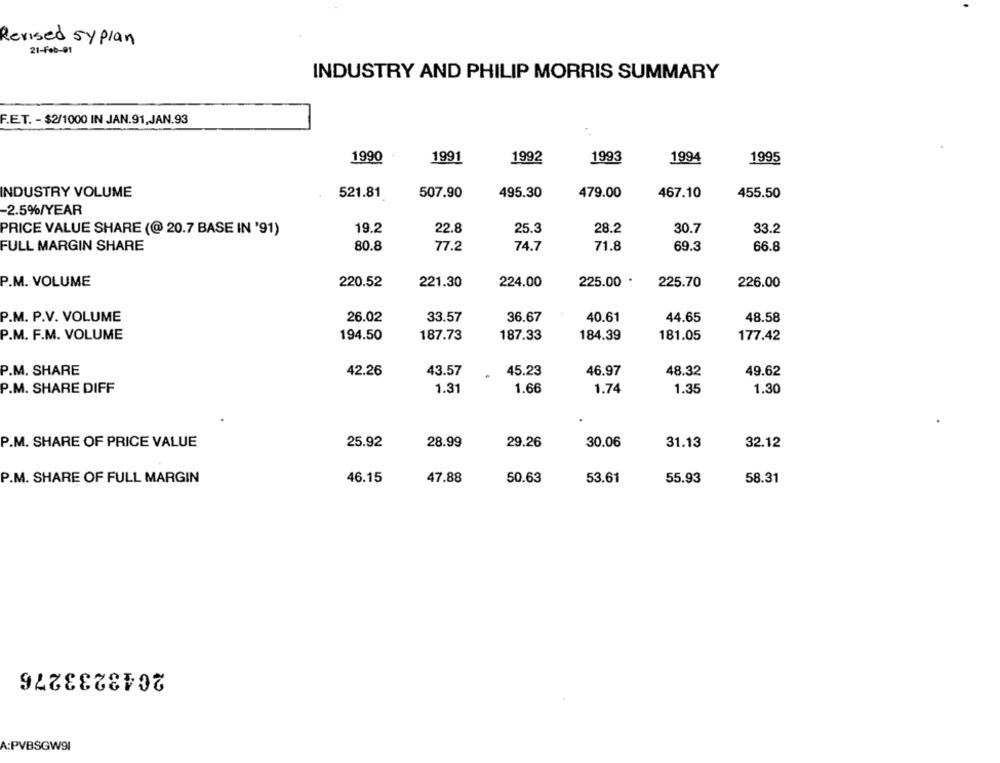
Revised syplan
21-Feb-91
INDUSTRY AND PHILIP MORRIS SUMMARY
F.E.T. - $2/1000 IN JAN.91.JAN.93
1990
1991
1992
1993
1994
1995
INDUSTRY VOLUME
521.81
507.90
495.30
479.00
467.10
455.50
-2.5%/YEAR
19.2
22.8
25.3
28.2
30.7
33.2
PRICE VALUE SHARE (@ 20.7 BASE IN '91)
FULL MARGIN SHARE
80.8
77.2
74.7
71.8
69.3
66.8
P.M. VOLUME
220.52
225.00
225.70
226.00
221.30
224.00
P.M. P.V. VOLUME
26.02
33.57
36.67
40.61
44.65
48.58
P.M. F.M. VOLUME
194.50
187.73
187.33
184.39
181.05
177.42
P.M. SHARE
42.26
43.57
45.23
46.97
48.32
49.62
P.M. SHARE DIFF
1.31
1.66
1.74
1.35
1.30
P.M. SHARE OF PRICE VALUE
25.92
28.99
29.26
30.06
31.13
32.12
P.M. SHARE OF FULL MARGIN
46.15
47.88
50.63
53.61
55.93
58.31
2043233276
A:PVBSGW91